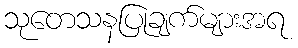
သုတေသနပြုချက်များအရ